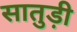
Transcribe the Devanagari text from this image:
सातुड़ी